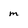
Character: m